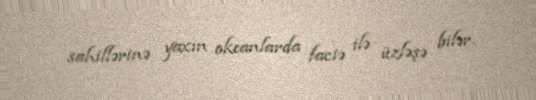
sahillərinə yaxın okeanlarda faciə ilə üzləşə bilər.